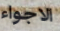
الاجواء